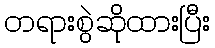
တရားစွဲဆိုထားပြီး